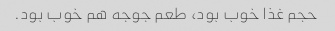
حجم غذا خوب بود، طعم جوجه هم خوب بود.